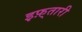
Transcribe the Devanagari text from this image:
इफ़्तारी